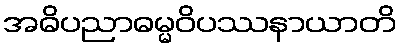
အဓိပညာဓမ္မဝိပဿနာယာတိ